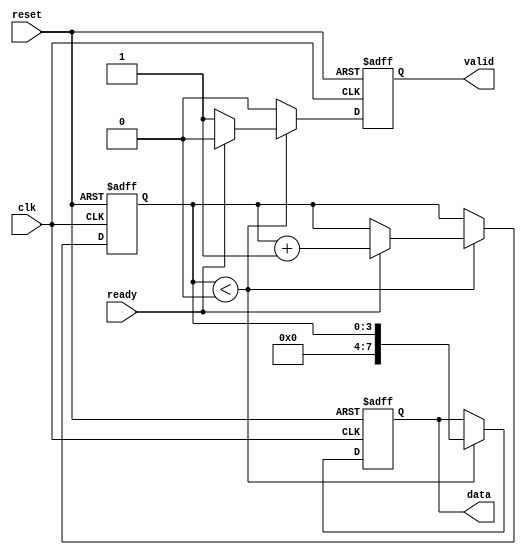
module producer (
    input wire clk,
    input wire reset,
    output reg valid,
    output reg [7:0] data,
    input wire ready
);
    
    // State variable to keep track of data
    reg [3:0] data_counter;

    always @(posedge clk or posedge reset) begin
        if (reset) begin
            valid <= 1'b0;
            data <= 8'b0;
            data_counter <= 4'd0;
        end else begin
            // Simulate data production
            if (data_counter < 4'd16) begin
                data <= data_counter;  // Sample data (could be anything)
                valid <= 1'b1;         // Assert valid signal
                
                // Wait for ready signal from consumer
                if (ready) begin
                    // Data has been accepted; prepare for next data
                    valid <= 1'b0;     // Deassert valid after sending data
                    data_counter <= data_counter + 1;  // Produce next data
                end
            end else begin
                valid <= 1'b0; // No more data to send
            end
        end
    end
endmodule